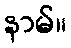
နာမ်။